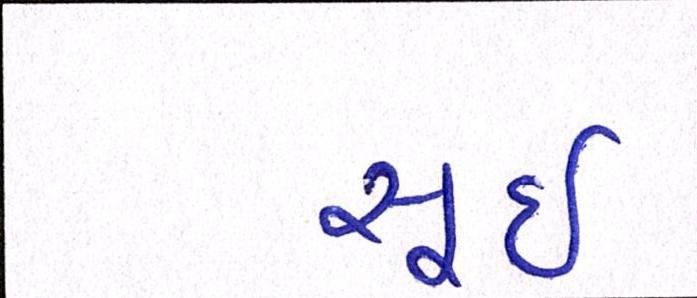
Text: સૂઈ